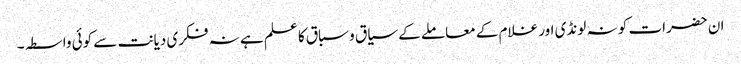
ان حضرات کو نہ لونڈی اور غلام کے معاملے کے سیاق و سباق کا علم ہے نہ فکری دیانت سے کوئی واسطہ۔